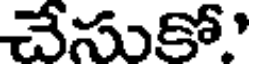
చేసుకో'